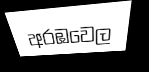
අරඹවෙල